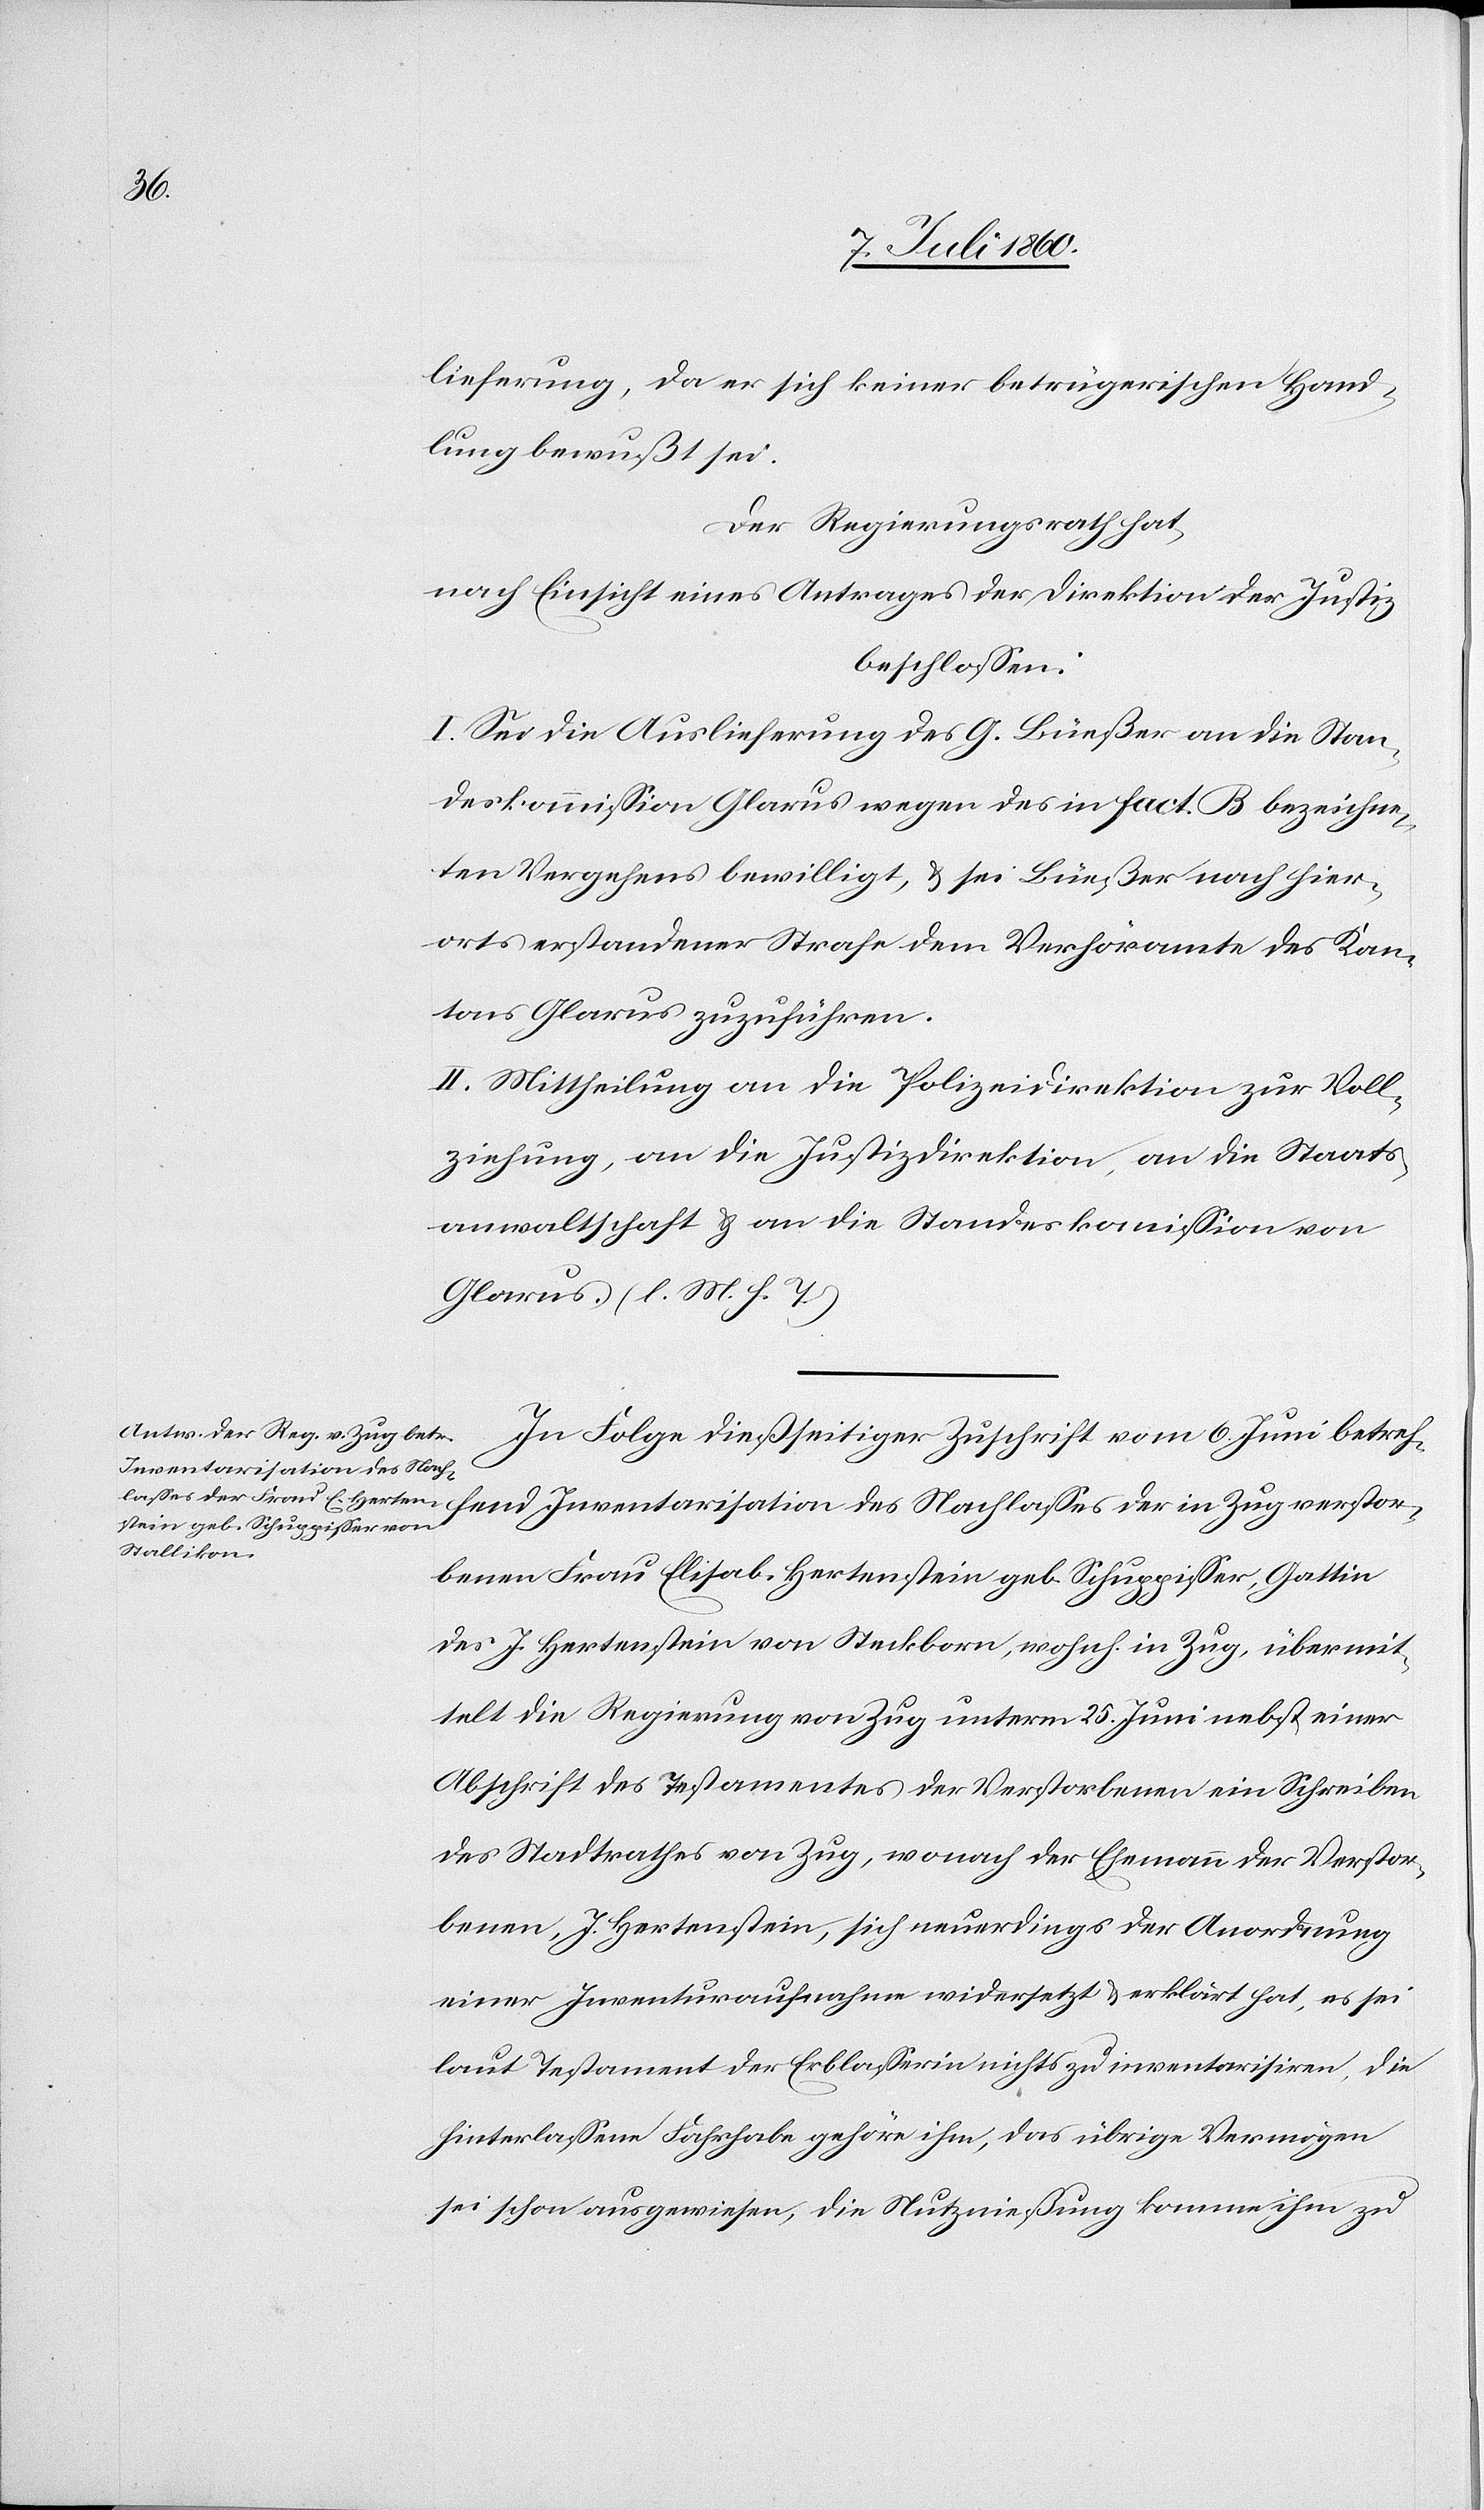
lieferung, da er sich keiner betrügerischen Hand¬
lung bewußt sei.
Der Regierungsrath hat,
nach Einsicht eines Antrages der Direktion der Justiz
beschlossen:
I. Sei die Auslieferung des G. Büeßer an die Stan¬
deskommission Glarus wegen des in Fact. B. bezeichne¬
ten Vergehens bewilligt, & sei Büeßer nach hier¬
orts erstandener Strafe dem Verhöramte des Kan¬
tons Glarus zuzuführen.
II. Mittheilung an die Polizeidirektion zur Voll¬
ziehung, an die Justizdirektion, an die Staats¬
anwaltschaft & an die Standeskommission von
Glarus. (l. M. h. T.)
In Folge dießseitiger Zuschrift vom 6. Juni betref¬
fend Inventarisation des Nachlasses der in Zug verstor¬
benen Frau Elisab. Hertenstein geb. Schuppisser, Gattin
des J. Hertenstein von Steckborn [sic!], wohnh. in Zug, übermit¬
telt die Regierung von Zug unterm 25. Juni nebst einer
Abschrift des Testamentes der Verstorbenen ein Schreiben
des Stadtrathes von Zug, wonach der Ehemann der Verstor¬
benen, J. Hertenstein, sich neuerdings der Anordnung
einer Inventuraufnahme widersetzt & erklärt hat, es sei
laut Testament der Erblasserin nichts zu inventarisiren, die
hinterlassene Fahrhabe gehöre ihm, das übrige Vermögen
sei schon ausgewiesen, die Nutznießung komme ihm zu